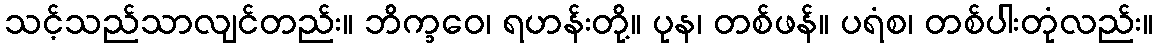
သင့်သည်သာလျင်တည်း။ ဘိက္ခဝေ၊ ရဟန်းတို့။ ပုန၊ တစ်ဖန်။ ပရံစ၊ တစ်ပါးတုံလည်း။